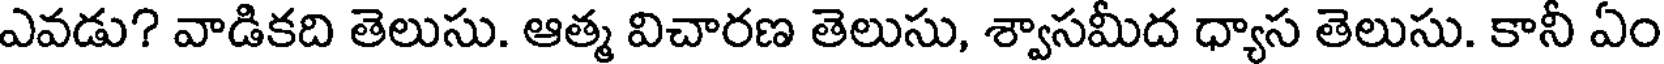
ఎవడు? వాడికది తెలుసు. ఆత్మ విచారణ తెలుసు, శ్వాసమీద ధ్యాస తెలుసు. కానీ ఏం